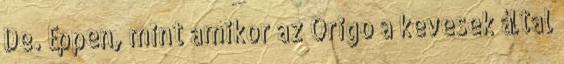
De. Éppen, mint amikor az Origo a kevesek által